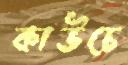
কাউচে